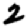
Digit: 2